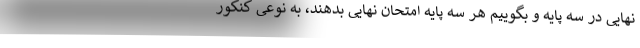
نهایی در سه پایه و بگوییم هر سه پایه امتحان نهایی بدهند، به نوعی کنکور